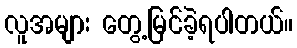
လူအများ တွေ့မြင်ခဲ့ရပါတယ်။